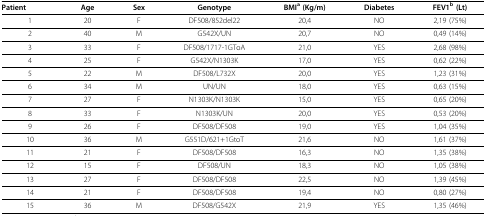
| Patient | Age | Sex | Genotype | BMIa (Kg/m) | Diabetes | FEV1b (Lt) |
 | --- | --- | --- | --- | --- | --- | --- |
 | 1 | 20 | F | DF508/852del22 | 20,4 | NO | 2,19 (75%) |
 | 2 | 40 | M | G542X/UN | 20,7 | NO | 0,49 (14%) |
 | 3 | 33 | F | DF508/1717-1GToA | 21,0 | YES | 2,68 (98%) |
 | 4 | 25 | F | G542X/N1303K | 17,0 | YES | 0,62 (22%) |
 | 5 | 22 | M | DF508/L732X | 20,0 | YES | 1,23 (31%) |
 | 6 | 34 | M | UN/UN | 18,0 | YES | 0,63 (15%) |
 | 7 | 27 | F | N1303K/N1303K | 15,0 | YES | 0,65 (20%) |
 | 8 | 33 | F | N1303K/UN | 20,0 | YES | 0,53 (20%) |
 | 9 | 26 | F | DF508/DF508 | 19,0 | YES | 1,04 (35%) |
 | 10 | 36 | M | G551D/621+1GtoT | 21,6 | NO | 1,61 (37%) |
 | 11 | 21 | F | DF508/DF508 | 16,3 | NO | 1,35 (38%) |
 | 12 | 15 | F | DF508/UN | 18,3 | NO | 1,05 (38%) |
 | 13 | 27 | F | DF508/DF508 | 22,5 | NO | 1,39 (45%) |
 | 14 | 21 | F | DF508/DF508 | 19,4 | NO | 0,80 (27%) |
 | 15 | 36 | M | DF508/G542X | 21,9 | YES | 1,35 (46%) |